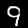
Label: 9